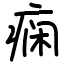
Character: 痫